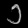
Digit: ၁